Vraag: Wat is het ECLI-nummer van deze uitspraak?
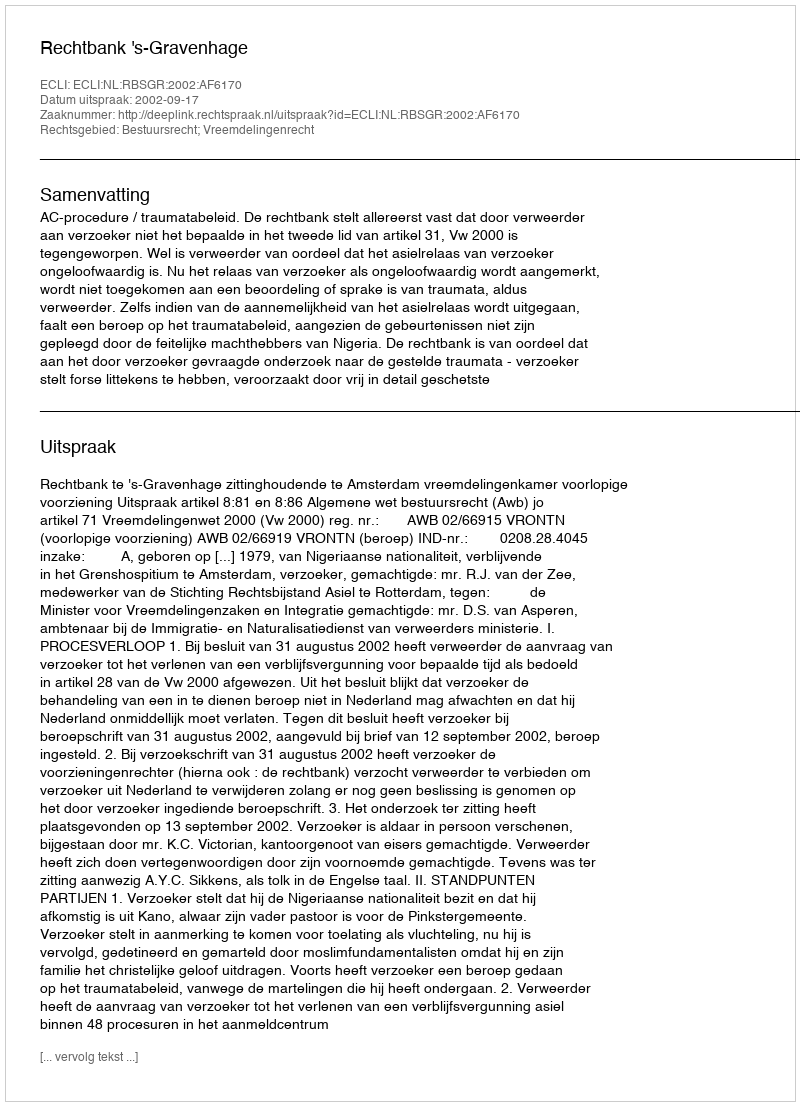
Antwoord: ECLI:NL:RBSGR:2002:AF6170